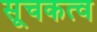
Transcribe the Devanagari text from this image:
सूचकत्व